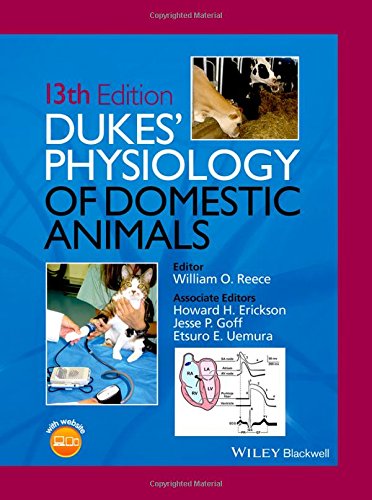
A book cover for Dukes' Physiology of Domestic Animals; Medical Books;